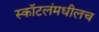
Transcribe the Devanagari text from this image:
स्कॉटलंमधीलच